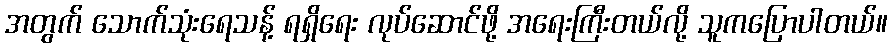
အတွက် သောက်သုံးရေသန့် ရရှိရေး လုပ်ဆောင်ဖို့ အရေးကြီးတယ်လို့ သူကပြောပါတယ်။